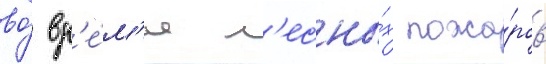
во́ вр'е́м'я л'есны́х пожа́ров